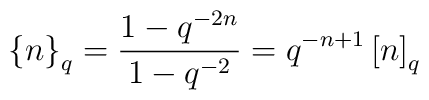
\left\{n\right\}_{q} = \frac{1-q^{-2n}}{1-q^{-2}} = q^{-n+1} \left[ n\right]_{q}